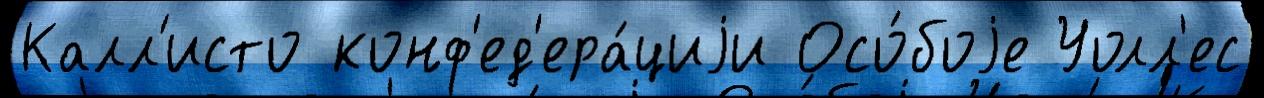
Калл'исто конф'ед'ера́циjи Осо́боjе Уолл'ес